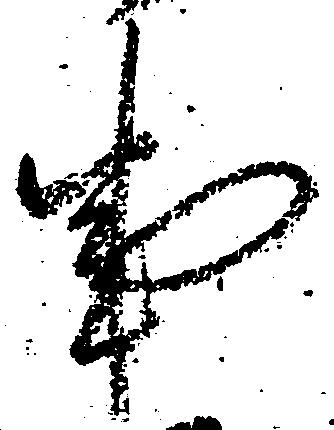
事